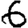
Digit: 6